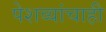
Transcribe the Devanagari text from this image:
पेशव्यांचाही